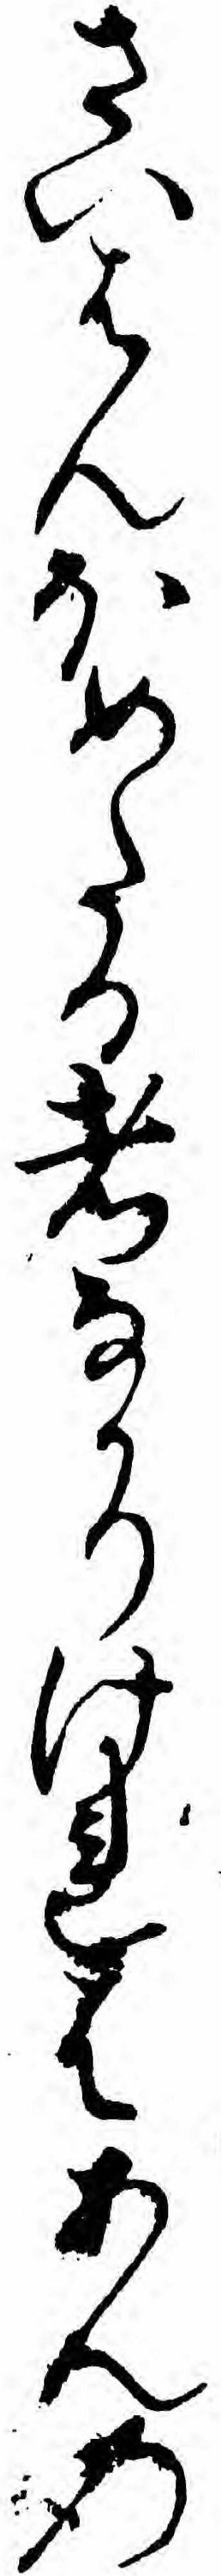
さいはんほめたる者なかりけれはあんの